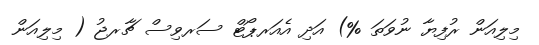
މިލިއަން ރުފިޔާ ނުވަތަ %) އަދި އެއަރޕޯޓް ސަރވިސް ޗާރޖު ( މިލިއަން